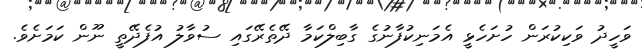
ވަހީދު ވަކިކުރަން ހުށަހެޅީ އެމަނިކުފާނުގެ ގާބިލްކަމާ ދޭތެރޭގައި ސުވާލު އުފެދޭތީ ނޫން ކަމަށެވެ.